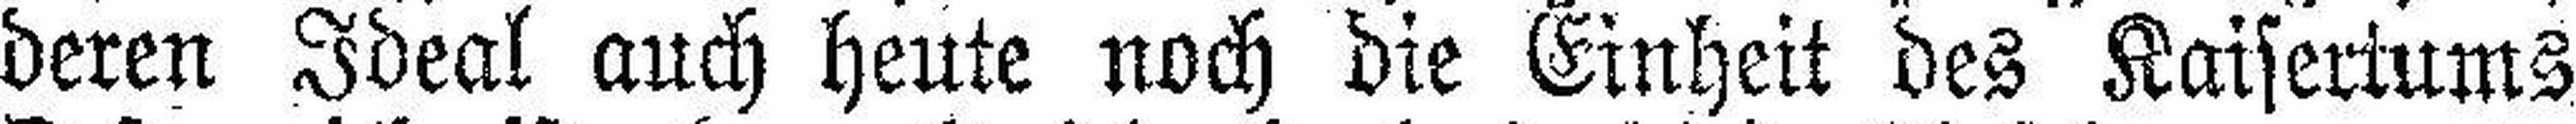
deren Ideal auch heute noch die Einheit des Kaiseriums